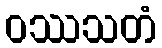
ဝဿသတံ